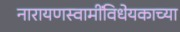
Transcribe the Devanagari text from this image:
नारायणस्वामींविधेयकाच्या